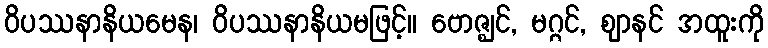
ဝိပဿနာနိယမေန၊ ဝိပဿနာနိယမဖြင့်။ ဗောဇ္ဈင်, မဂ္ဂင်, ဈာနင် အထူးကို